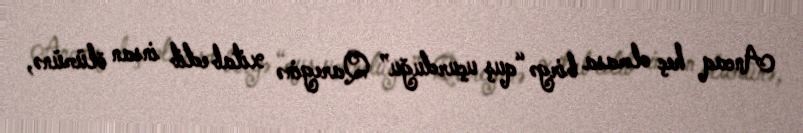
Ancaq heç olmasa birgə “quş uçurduğu” Qareginə xitab edib insan ölümünə,